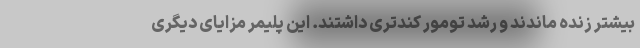
بیشتر زنده ماندند و رشد تومور کندتری داشتند. این پلیمر مزایای دیگری